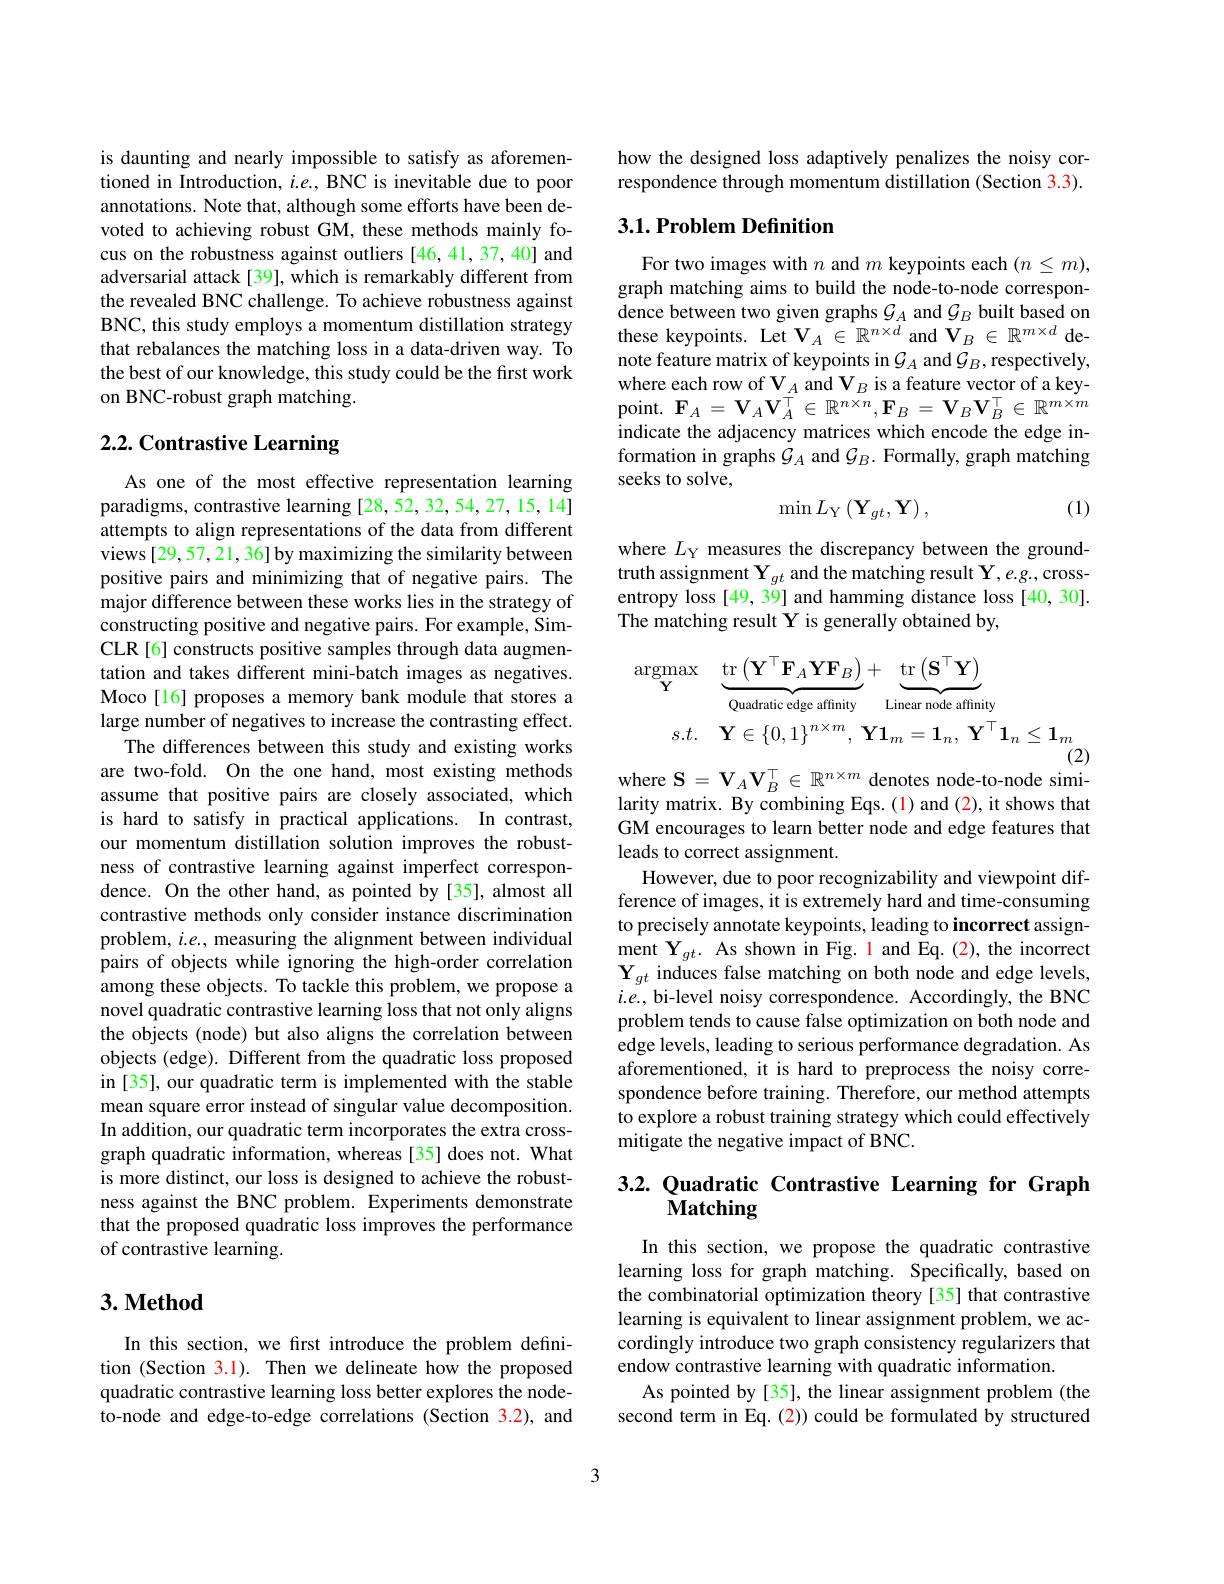
is daunting and nearly impossible to satisfy as aforementioned in Introduction, $i.e.$, BNC is inevitable due to poor annotations. Note that, although some efforts have been devoted to achieving robust GM, these methods mainly focus on the robustness against outliers [46,41,37,40] and adversarial attack[39], which is remarkably different from the revealed BNC challenge. To achieve robustness against BNC, this study employs a momentum distillation strategy that rebalances the matching loss in a data-driven way. To the best of our knowledge, this study could be the first work on BNC-robust graph matching.

# 2.2. Contrastive Learning

As one of the most effective representation learning paradigms, contrastive learning [28,52,32,54,27,15,14] attempts to align representations of the data from different views [29,57,21,36] by maximizing the similarity between positive pairs and minimizing that of negative pairs. The major difference between these works lies in the strategy of constructing positive and negative pairs. For example, SimCLR[6] constructs positive samples through data augmentation and takes different mini-batch images as negatives Moco [16] proposes a memory bank module that stores a large number of negatives to increase the contrasting effect.
The differences between this study and existing works are two-fold. On the one hand, most existing methods assume that positive pairs are closely associated, which is hard to satisfy in practical applications. In contrast, our momentum distillation solution improves the robustness of contrastive learning against imperfect correspondence. On the other hand, as pointed by [35], almost all contrastive methods only consider instance discrimination problem, $i.e.$, measuring the alignment between individual pairs of objects while ignoring the high-order correlation among these objects. To tackle this problem, we propose a novel quadratic contrastive learning loss that not only aligns the objects (node) but also aligns the correlation between objects (edge). Different from the quadratic loss proposed in [35], our quadratic term is implemented with the stable mean square error instead of singular value decomposition. In addition, our quadratic term incorporates the extra crossgraph quadratic information, whereas [35] does not. What is more distinct, our loss is designed to achieve the robustness against the BNC problem. Experiments demonstrate that the proposed quadratic loss improves the performance of contrastive learning.

## $3. \textbf{Method}$

In this section, we first introduce the problem definition (Section 3.1). Then we delineate how the proposed quadratic contrastive learning loss better explores the nodeto-node and edge-to-edge correlations (Section 3.2), and

how the designed loss adaptively penalizes the noisy correspondence through momentum distillation (Section 3.3).

## 3.1. Problem Definition

For two images with $n$ and $m$ keypoints each $(n\leq m)$, graph matching aims to build the node-to-node correspondence between two given graphs $\mathcal{G}_A$ and $\mathcal{G}_B$ built based on these keypoints. Let $\mathbf{V}_A\in\mathbb{R}^{n\times d}$ and $\mathbf{V}_B\in\mathbb{R}^{m\times d}$ denote feature matrix of keypoints in $\mathcal{G}_A$ and $\mathcal{G}_B$,respectively, where each row of $\mathbf{V}_{\underline{A}}$ and $\mathbf{V}_B$ is a feature vector of a key- ${\mathrm{point.~}}\mathbf{F}_{A}=\mathbf{V}_{A}\mathbf{V}_{A}^{\top}\in\mathbb{R}^{n\times n},\mathbf{F}_{B}=\mathbf{V}_{B}\mathbf{V}_{B}^{\top}\in\mathbb{R}^{m\times m}$ indicate the adjacency matrices which encode the edge information in graphs $\mathcal{G}_A$ and $\mathcal{G}_B.$ Formally, graph matching seeks to solve,
$$\min L_{\mathrm{Y}}\left(\mathbf{Y}_{gt},\mathbf{Y}\right),$$
(1)

where $L_\mathrm{Y}$ measures the discrepancy between the groundtruth assignment $\mathbf{Y}_{gt}$ and the matching result Y, e.g., crossentropy loss [49, 39] and hamming distance loss [40, 30]. The matching result Y is generally obtained by,
$$\begin{aligned}\underset{\mathbf{Y}}{\operatorname*{argmax}}&\underbrace{\mathrm{tr}\left(\mathbf{Y}^{\top}\mathbf{F}_{A}\mathbf{Y}\mathbf{F}_{B}\right)}_{\text{Quadratic edge affinity}}+\underbrace{\mathrm{tr}\left(\mathbf{S}^{\top}\mathbf{Y}\right)}_{\text{Linear node affinity}}\\s.t.&\mathbf{Y}\in\{0,1\}^{n\times m},\mathbf{Y}\mathbf{1}_{m}=\mathbf{1}_{n},\mathbf{Y}^{\top}\mathbf{1}_{n}\leq\mathbf{1}_{m}\\&\text{(2)}\end{aligned}$$
where $\mathbf{S}=\mathbf{V}_A\mathbf{V}_B^\top\in\mathbb{R}^{n\times m}$ denotes node-to-node simi-

larity matrix. By combining Eqs. (1) and (2), it shows that GM encourages to learn better node and edge features that leads to correct assignment.
However, due to poor recognizability and viewpoint difference of images, it is extremely hard and time-consuming to precisely annotate keypoints, leading to incorrect assign- $\operatorname*{ment}\mathbf{Y}_{gt}.$ As shown in Fig. l and Eq.(2), the incorrect $\mathbf{Y}_{gt}$ induces false matching on both node and edge levels, $i.e.$, bi-level noisy correspondence. Accordingly, the BNC problem tends to cause false optimization on both node and edge levels, leading to serious performance degradation. As aforementioned, it is hard to preprocess the noisy correspondence before training. Therefore, our method attempts to explore a robust training strategy which could effectively mitigate the negative impact of BNC.

## 3.2. Quadratic Contrastive Learning for Graph $\tilde{\mathbf{M}}\mathbf{atching}$

In this section, we propose the quadratic contrastive learning loss for graph matching. Specifically, based on the combinatorial optimization theory [35] that contrastive learning is equivalent to linear assignment problem, we accordingly introduce two graph consistency regularizers that endow contrastive learning with quadratic information
As pointed by [35], the linear assignment problem (the second term in Eq. (2)) could be formulated by structured

3